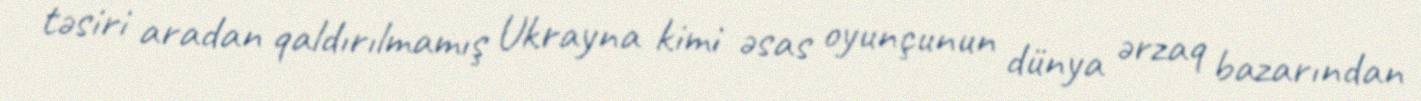
təsiri aradan qaldırılmamış Ukrayna kimi əsas oyunçunun dünya ərzaq bazarından